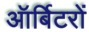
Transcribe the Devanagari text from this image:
ऑर्बिटरों